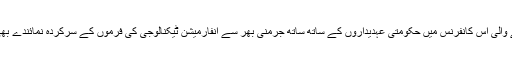
شہر ڈریسڈن میں ہونے والی اس کانفرنس میں حکومتی عہدیداروں کے ساتھ ساتھ جرمنی بھر سے انفارمیشن ٹیکنالوجی کی فرموں کے سرکردہ نمائندے بھی شرکت کر رہے ہیں۔